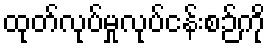
ထုတ်လုပ်မှုလုပ်ငန်းစဉ်ကို